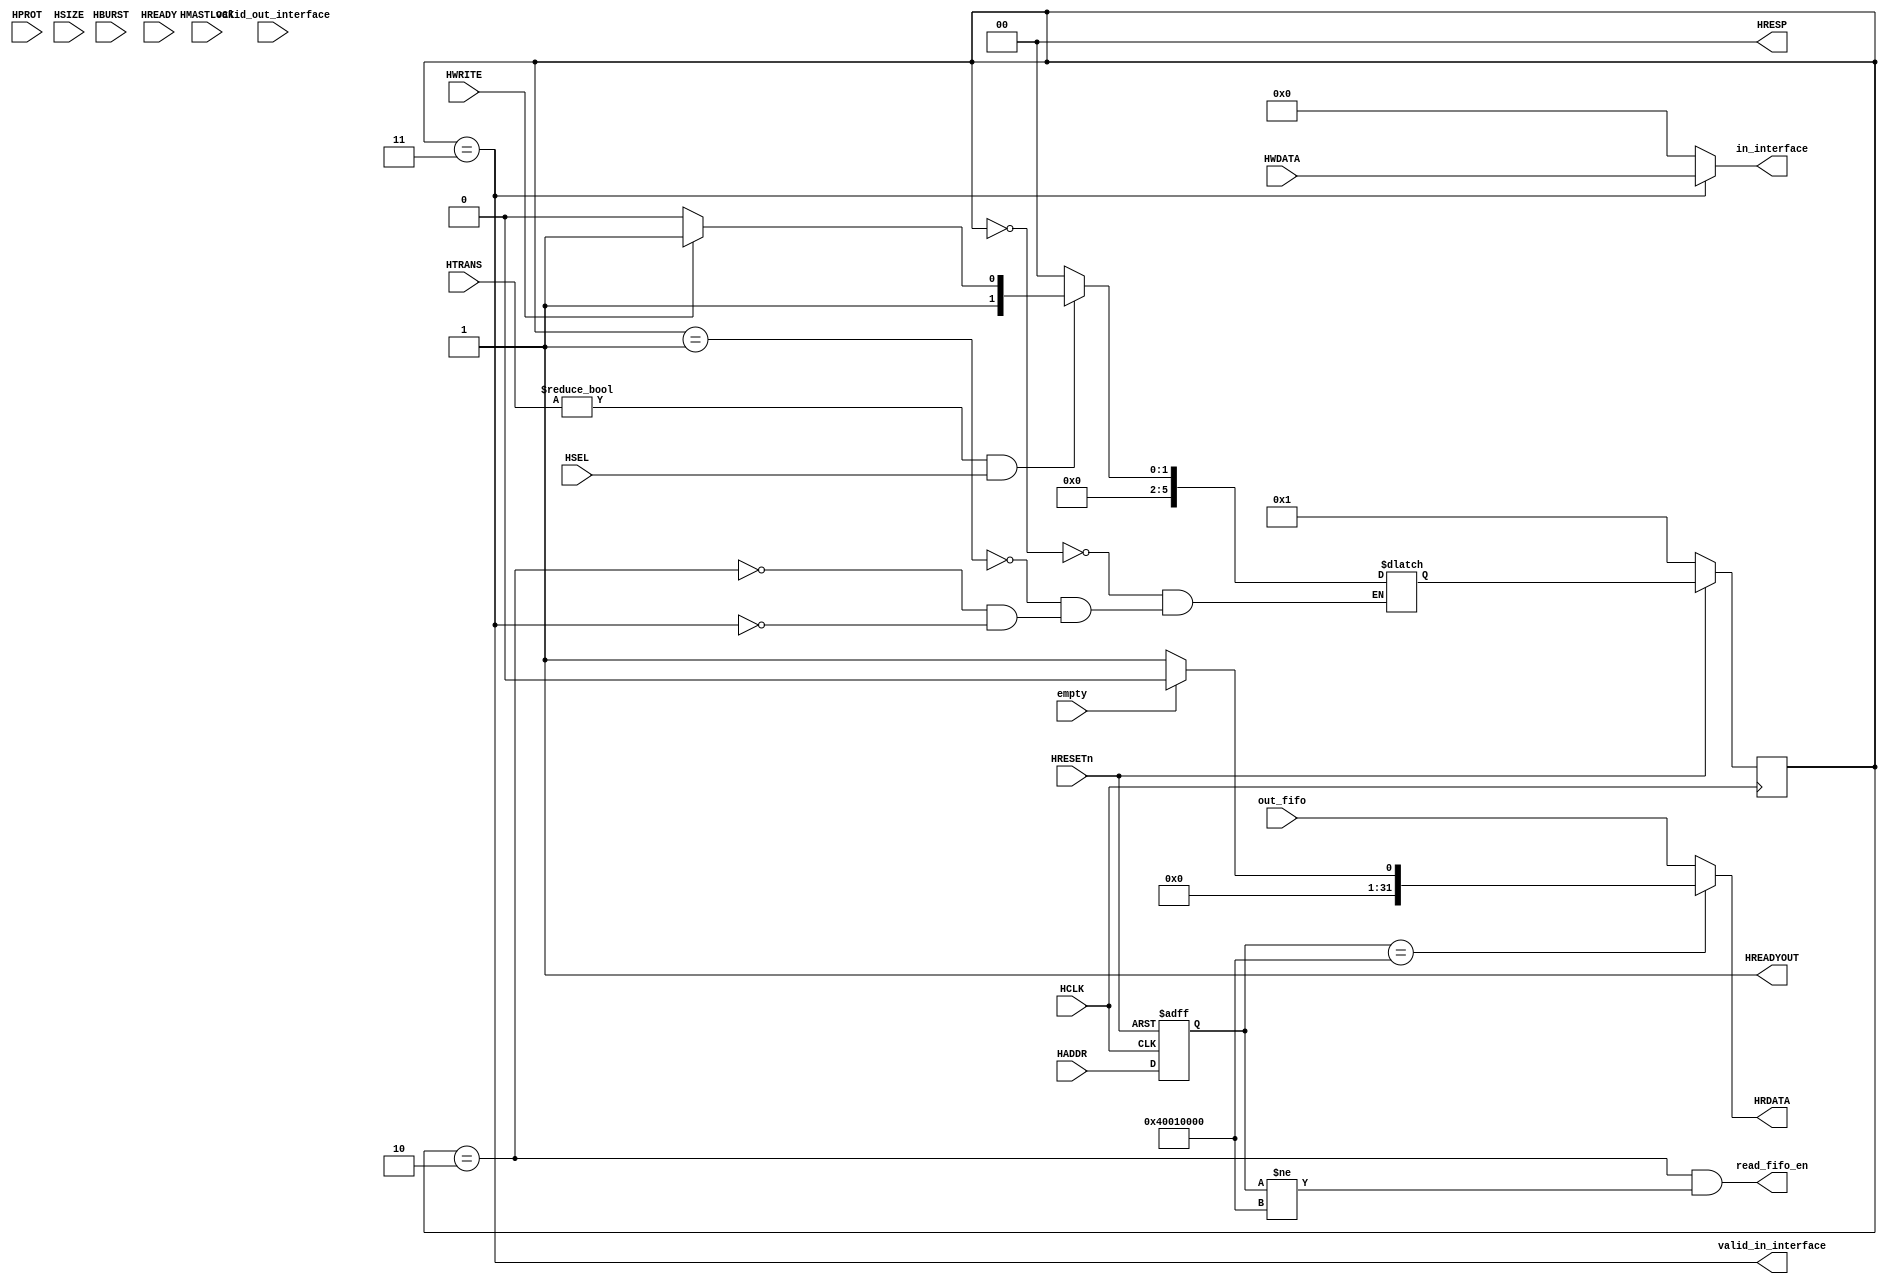
module ahb_lite_cordic
  (
   //ABB-Lite side
   //Select
   input                 HSEL,
   //Global signals
   input                 HCLK,
   input                 HRESETn,
   //Address and control
   input [ 31 : 0 ]      HADDR,
   input [ 2 : 0 ]       HBURST, //ignored
   input                 HMASTLOCK, // ignored
   input [ 3 : 0 ]       HPROT, // ignored
   input [ 2 : 0 ]       HSIZE,//000=8bits,001=16bits,010=32bits
   input [ 1 : 0 ]       HTRANS,//Transfer type
   input                 HWRITE,//1=write 0=read
   input                 HREADY,
   //Master data
   input [ 31 : 0 ]      HWDATA,//Write data from master to slave

   //Transfer response
   output                HREADYOUT,//1=transfer finish
   output [1:0]          HRESP, //Transfer success or failure
   //Slave Data
   output reg [ 31 : 0 ] HRDATA,


   //CORDIC side
   output reg [31:0]     in_interface,
   output                valid_in_interface,
   input                 valid_out_interface,

   //fifo side
   output                read_fifo_en,
   input [31:0]          out_fifo,
   input                 empty
   );

   //FSM states
   parameter             S_IDLE              =0,
                         S_INIT              =1,
                         S_READ              =2,
                         S_WRITE             =3;

   reg [  5 : 0 ]        State, Next;
   // reg     [ 24 : 0 ]              delay_u;
   // reg     [  4 : 0 ]              delay_n;
   // reg     [  2 : 0 ]              HSIZE_old;
   // reg     [ 31 : 0 ]              HADDR_old;
   // reg                             HWRITE_old;
   // reg     [  1 : 0 ]              HTRANS_old;
   // reg     [ 31 : 0 ]              DATA;

   parameter             HTRANS_IDLE = 2'b0;
   reg [31 : 0]          HADDR_LATCH;
   always @ (posedge HCLK or negedge HRESETn)
     if (~HRESETn)
       HADDR_LATCH <= 0;
     else
       HADDR_LATCH <= HADDR;

   assign  HRESP  = 2'b0;
   // assign  HREADYOUT = (State == S_IDLE);
   // HREADYOUT= !((State == S_READ) && empty && (!valid_out_interface));
   // assign HREADYOUT = !((State == S_READ) && empty);
   assign HREADYOUT = 1;
   assign valid_in_interface=(State == S_WRITE);
   assign read_fifo_en=(State == S_READ) & (HADDR_LATCH != 32'h40010000);

   wire                  NeedAction = (HTRANS != HTRANS_IDLE) && HSEL;
   // wire    NeedRefresh         = ~|delay_u;
   // wire    DelayFinished       = ~|delay_n;
   // wire    BigDelayFinished    = ~|delay_u;
   // wire    RepeatsFinished     = ~|repeat_cnt;

   always @ (posedge HCLK) begin
      if (~HRESETn)
        State <= S_INIT;
      else
        State <= Next;
   end

   always @ (*) begin
      //State change decision
      case(State)
        S_IDLE : Next = NeedAction ? (HWRITE ? S_WRITE : S_READ): S_IDLE;
        S_INIT : Next = NeedAction ? (HWRITE ? S_WRITE : S_READ) : S_IDLE;
        S_READ : Next = NeedAction ? (HWRITE ? S_WRITE : S_READ) :S_IDLE;
        S_WRITE : Next = NeedAction ? (HWRITE ? S_WRITE : S_READ) : S_IDLE;
      endcase
   end


   // set CORDIC i/o
   always @ (*) begin
      //data
      case(State)
        default       :   in_interface = 32'b0; // 32'b0
        // S_READ        :   HRDATA = out_fifo;
        S_WRITE       :   in_interface = HWDATA;
      endcase
      HRDATA = (HADDR_LATCH == 32'h40010000)?(empty?0:1):out_fifo;
   end

endmodule //ahb_lite_cordic